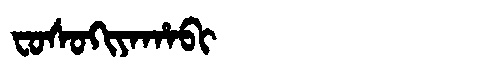
Manchu: ᠸᠣᠰᠣᡴᡳᠶᠠᡥᠠᠪᡳ
Romanization: FOSOKIYAHABI